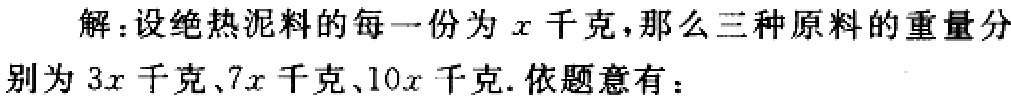
解：设绝热泥料的每一份为\(x\)千克，那么三种原料的重量分别为\(3x\)千克、\(7x\)千克、\(10x\)千克. 依题意有：